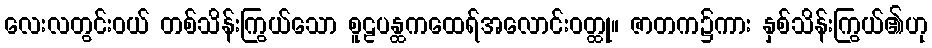
လေးလတွင်းဝယ် တစ်သိန်းကြွယ်သော စူဠပန္ထကထေရ်အလောင်းဝတ္ထု။ ဇာတက၌ကား နှစ်သိန်းကြွယ်၏ဟု